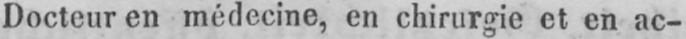
Docteur en médecine, en chirurgie et en ac-